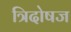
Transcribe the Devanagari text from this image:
त्रिदोषज